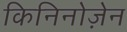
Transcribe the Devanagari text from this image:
किनिनोज़ेन